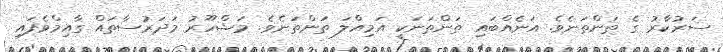
ސަރުކާރު ގެ ތަންތަނެވެ. އަނެއްބައި ތަންތަނަކީ އަމިއްލަ ތަންތަނެވެ. މަޝްހޫރު މަދަރުސާތައް ގާއިމްވެފައި